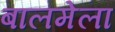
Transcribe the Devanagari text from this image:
बालमेला